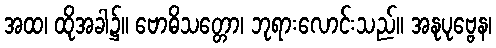
အထ၊ ထိုအခါ၌။ ဗောဓိသတ္တော၊ ဘုရားလောင်းသည်။ အနုပုဗ္ဗေန၊